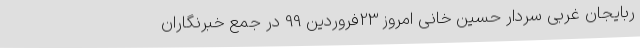
ربایجان غربی سردار حسین خانی امروز 23فروردین 99 در جمع خبرنگاران